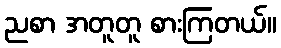
ညစာ အတူတူ စားကြတယ်။